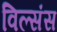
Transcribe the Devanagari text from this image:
विल्संस